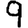
Digit: 9